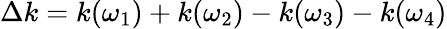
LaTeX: \Delta k=k(\omega_{1})+k(\omega_{2})-k(\omega_{3})-k(\omega_{4})